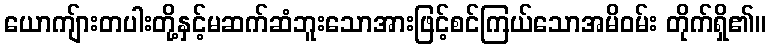
ယောကျ်ားတပါးတို့နှင့်မဆက်ဆံဘူးသောအားဖြင့်စင်ကြယ်သောအမိဝမ်း တိုက်ရှိ၏။